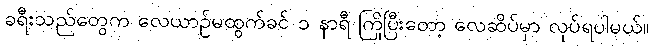
ခရီးသည်တွေက လေယာဉ်မထွက်ခင် ၁ နာရီ ကြိုပြီးတော့ လေဆိပ်မှာ လုပ်ရပါမယ်။